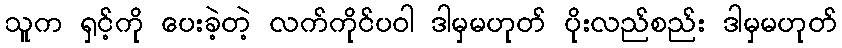
သူက ရှင့်ကို ပေးခဲ့တဲ့ လက်ကိုင်ပဝါ ဒါမှမဟုတ် ပိုးလည်စည်း ဒါမှမဟုတ်